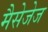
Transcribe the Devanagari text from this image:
मैसेजेज